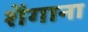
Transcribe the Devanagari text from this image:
शेंगाना